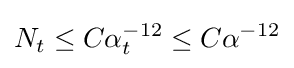
N_{t}\leq C\alpha _{t}^{-12}\leq C\alpha ^{-12}